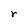
Character: r